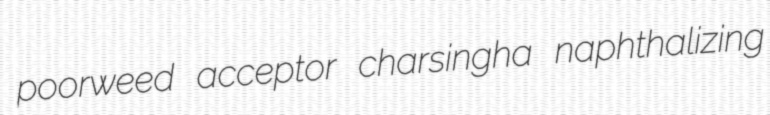
poorweed acceptor charsingha naphthalizing